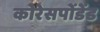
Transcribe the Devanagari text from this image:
कोरेसपोंडेंड